Punjab Mental Hospital Lahore 1932-46 - 1932-1946
Year: 1932
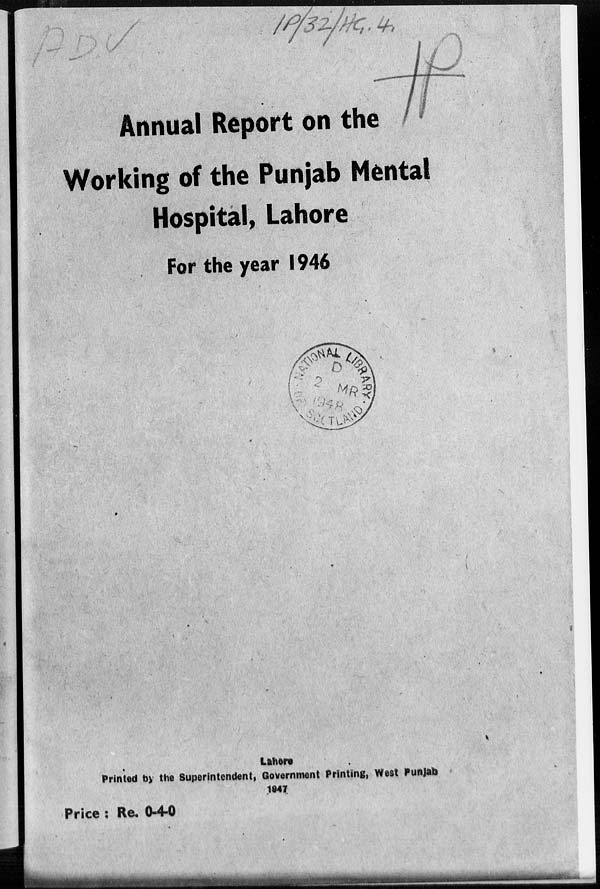
Annual Report on the
Working of the Punjab Mental
Hospital, Lahore
For the year 1946